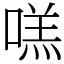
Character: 㗝